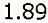
1.89